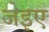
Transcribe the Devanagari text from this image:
जेइए